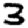
Digit: 3